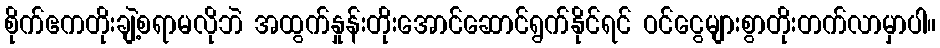
စိုက်ဧကတိုးချဲ့စရာမလိုဘဲ အထွက်နှုန်းတိုးအောင်ဆောင်ရွက်နိုင်ရင် ဝင်ငွေများစွာတိုးတက်လာမှာပါ။